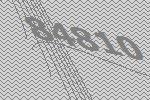
84810